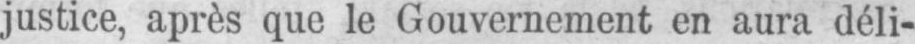
justice, après que le Gouvernement en aura déli-